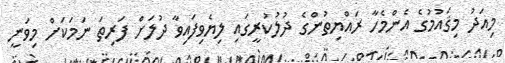
މިއަދު މިޤައުމުގެ އެންމެހާ ރައްޔިތުންގެ ދުލުކުރީގައި ލިޔެވިފައިވާ ދުލަށް ފަރިތަ ނަމަކަށް މިވަނީ